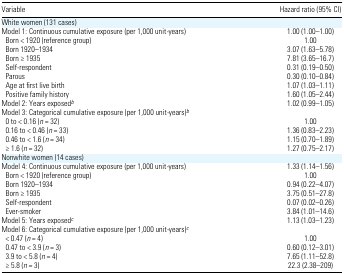
| Variable | Hazard ratio (95% CI) |
 | --- | --- |
 | <COLSPAN=2> White women (131 cases) |
 | Model 1: Continuous cumulative exposure (per 1,000 unit-years) | 1.00 (1.00–1.00) |
 | Born < 1920 (reference group) | 1.00 |
 | Born 1920–1934 | 3.07 (1.63–5.78) |
 | Born ≥ 1935 | 7.81 (3.65–16.7) |
 | Self-respondent | 0.31 (0.19–0.50) |
 | Parous | 0.30 (0.10–0.84) |
 | Age at first live birth | 1.07 (1.03–1.11) |
 | Positive family history | 1.60 (1.05–2.44) |
 | Model 2: Years exposedb | 1.02 (0.99–1.05) |
 | <COLSPAN=2> Model 3: Categorical cumulative exposure (per 1,000 unit-years)b |
 | 0 to < 0.16 (n = 32) | 1.00 |
 | 0.16 to < 0.46 (n = 33) | 1.36 (0.83–2.23) |
 | 0.46 to < 1.6 (n = 34) | 1.15 (0.70–1.89) |
 | ≥ 1.6 (n = 32) | 1.27 (0.75–2.17) |
 | <COLSPAN=2> Nonwhite women (14 cases) |
 | Model 4: Continuous cumulative exposure (per 1,000 unit-years) | 1.33 (1.14–1.56) |
 | Born < 1920 (reference group) | 1.00 |
 | Born 1920–1934 | 0.94 (0.22–4.07) |
 | Born ≥ 1935 | 3.75 (0.51–27.8) |
 | Self-respondent | 0.07 (0.02–0.26) |
 | Ever-smoker | 3.84 (1.01–14.6) |
 | Model 5: Years exposedc | 1.13 (1.03–1.23) |
 | <COLSPAN=2> Model 6: Categorical cumulative exposure (per 1,000 unit-years)c |
 | < 0.47 (n = 4) | 1.00 |
 | 0.47 to < 3.9 (n = 3) | 0.60 (0.12–3.01) |
 | 3.9 to < 5.8 (n = 4) | 7.65 (1.11–52.8) |
 | ≥ 5.8 (n = 3) | 22.3 (2.38–209) |